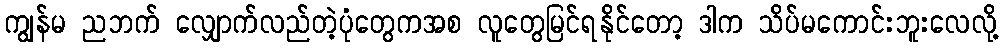
ကျွန်မ ညဘက် လျှောက်လည်တဲ့ပုံတွေကအစ လူတွေမြင်ရနိုင်တော့ ဒါက သိပ်မကောင်းဘူးလေလို့